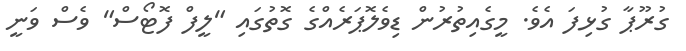
ގުރޫޕާ ގުޅިފަ އެވެ. މީގެއިތުރުން ޑިވެލޮޕަރެއްގެ ގޮތުގައި "ލީފް ފޮޓޯސް" ވެސް ވަނީ